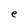
Character: e